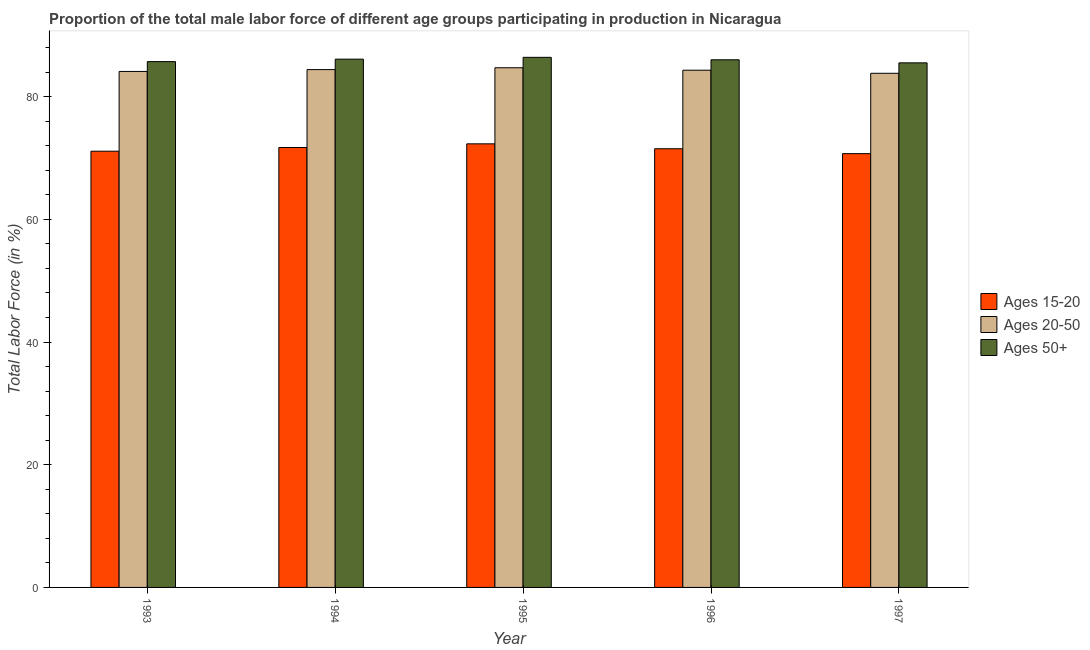
| Year | Ages 15-20 | Ages 20-50 | Ages 50+ |
 | --- | --- | --- | --- |
 | 1993 | 71.1 | 84.1 | 85.7 |
 | 1994 | 71.7 | 84.4 | 86.1 |
 | 1995 | 72.3 | 84.7 | 86.4 |
 | 1996 | 71.5 | 84.3 | 86 |
 | 1997 | 70.7 | 83.8 | 85.5 |